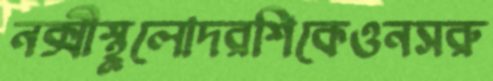
নক্সীস্থূলোদরশিকেওনসরু